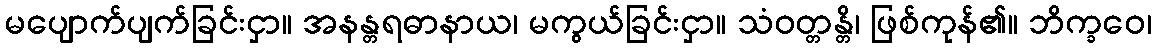
မပျောက်ပျက်ခြင်းငှာ။ အနန္တရဓာနာယ၊ မကွယ်ခြင်းငှာ။ သံဝတ္တန္တိ၊ ဖြစ်ကုန်၏။ ဘိက္ခဝေ၊